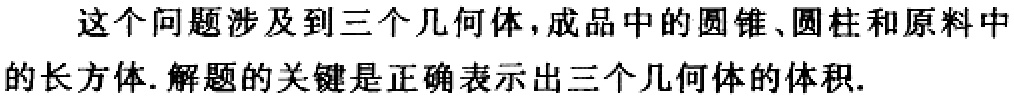
这个问题涉及到三个几何体，成品中的圆锥、圆柱和原料中的长方体. 解题的关键是正确表示出三个几何体的体积.